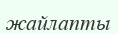
жайлапты